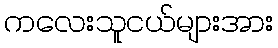
ကလေးသူငယ်များအား